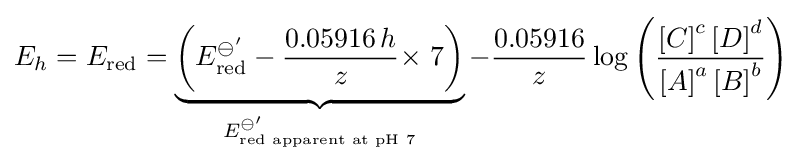
E_{h}=E_{\text{red}}=\underbrace {\left(E_{\text{red}}^{\ominus '}-{\frac {0.05916\,h}{z}}{\text{× 7}}\right)} _{E_{\text{red apparent at pH 7}}^{\ominus '}}-{\frac {0.05916}{z}}\log \left({\frac {\left[C\right]^{c}\left[D\right]^{d}}{\left[A\right]^{a}\left[B\right]^{b}}}\right)